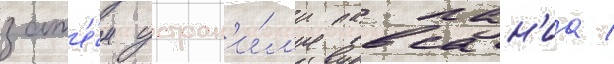
зат'е́м устран'и́л'и павсан'иа /